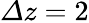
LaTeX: {\mit\Delta}z=2